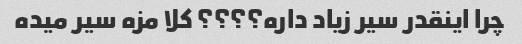
چرا اینقدر سیر زیاد داره؟؟؟؟ کلا مزه سیر میده